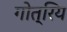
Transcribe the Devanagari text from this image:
गोत्रिय